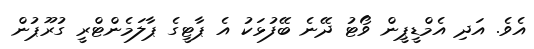
އެވެ. އަދި އެމްޑީޕީން ވޯޓު ދޭނެ ބޭފުޅަކު އެ ޕާޓީގެ ޕާލަމެންޓްރީ ގުރޫޕުން